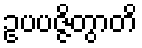
ဥပပဇ္ဇိတွာတိ